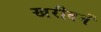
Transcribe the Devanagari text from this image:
खरीदनें